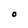
Character: O